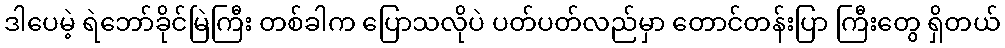
ဒါပေမဲ့ ရဲဘော်ခိုင်မြဲကြီး တစ်ခါက ပြောသလိုပဲ ပတ်ပတ်လည်မှာ တောင်တန်းပြာ ကြီးတွေ ရှိတယ်